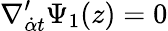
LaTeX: \nabla_{{\dot{\alpha}}t}^{\prime}\Psi_{1}(z)=0